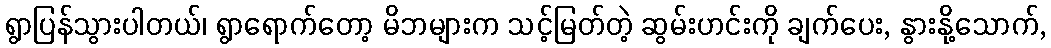
ရွာပြန်သွားပါတယ်၊ ရွာရောက်တော့ မိဘများက သင့်မြတ်တဲ့ ဆွမ်းဟင်းကို ချက်ပေး, နွားနို့သောက်,